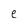
Character: e